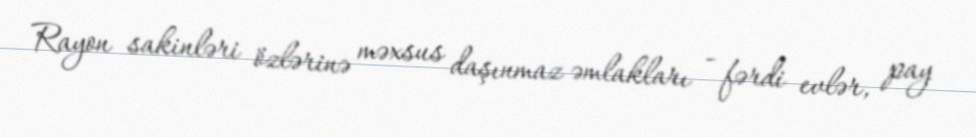
Rayon sakinləri özlərinə məxsus daşınmaz əmlakları - fərdi evlər, pay